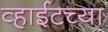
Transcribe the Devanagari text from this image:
व्हाईटच्या